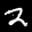
Digit: 2